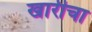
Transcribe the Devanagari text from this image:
खारीचा